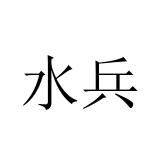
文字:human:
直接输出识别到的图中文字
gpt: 水兵